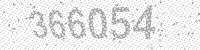
Solution: 366054